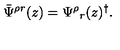
\bar { \Psi } ^ { \rho r } ( z ) = \Psi ^ { \rho } { } _ { r } ( z ) ^ { \dagger } .